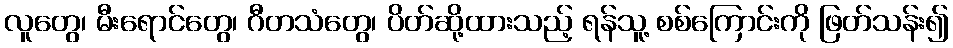
လူတွေ၊ မီးရောင်တွေ၊ ဂီတသံတွေ၊ ပိတ်ဆို့ထားသည့် ရန်သူ့ စစ်ကြောင်းကို ဖြတ်သန်း၍